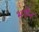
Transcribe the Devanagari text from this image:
भवेन